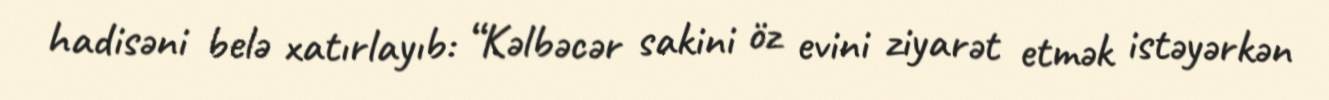
hadisəni belə xatırlayıb: “Kəlbəcər sakini öz evini ziyarət etmək istəyərkən